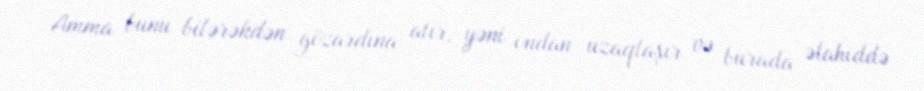
Amma bunu bilərəkdən gözardına atır, yəni ondan uzaqlaşır və burada əlahiddə